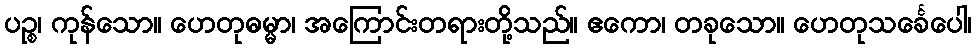
ပဉ္စ၊ ကုန်သော။ ဟေတုဓမ္မာ၊ အကြောင်းတရားတို့သည်။ ဧကော၊ တခုသော။ ဟေတုသင်္ခေပေါ၊